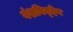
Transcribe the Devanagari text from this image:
वंशविव्देष